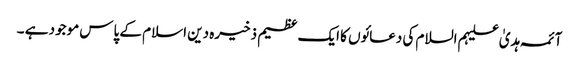
آئمہ ہدیٰ علیہم السلام کی دعائوں کا ایک عظیم ذخیرہ دین اسلام کے پاس موجود ہے ۔